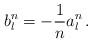
LaTeX: \begin{align*}b^n_l=-\frac{1}{n}a^n_l\,.\end{align*}